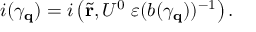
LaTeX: i ( \gamma _ { \bf q } ) = i \left( \tilde { \bf r } , U ^ { 0 } \; \varepsilon ( b ( \gamma _ { \bf q } ) ) ^ { - 1 } \right) .